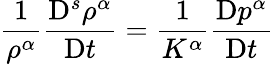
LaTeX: \frac{1}{\rho^{\alpha}}\frac{\mathrm{D}^{s}\rho^{\alpha}}{\mathrm{D}t}=\frac{1}{K^{\alpha}}\frac{\mathrm{D}p^{\alpha}}{\mathrm{D}t}